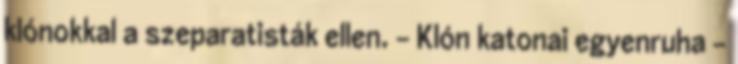
klónokkal a szeparatisták ellen. - Klón katonai egyenruha -